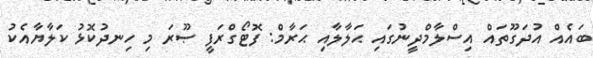
ބައެއް އުދަގޫތައް އިސްލާމްދީނުގައި ޙަލާލާއި ޙަރާމް: ފޮޓޯގްރަފީ ޞޫރަ މި ހިނދުކޮޅު ކަލާޔާއެކު